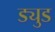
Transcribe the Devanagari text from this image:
ड्युड